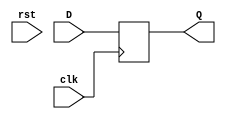
module week9_D_Trigger(
input clk,
input D,
input rst,
output reg Q
);
always@(posedge clk)begin
	if(rst)
		begin
			Q=1'b0;
		end
	Q=D;
end
endmodule